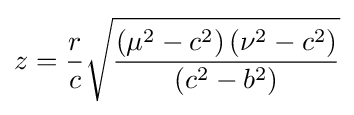
z={\frac {r}{c}}{\sqrt {\frac {\left(\mu ^{2}-c^{2}\right)\left(\nu ^{2}-c^{2}\right)}{\left(c^{2}-b^{2}\right)}}}